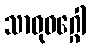
သာဓုဝဂ္ဂေါ